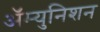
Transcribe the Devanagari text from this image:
ॲम्युनिशन